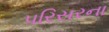
પરિસરના